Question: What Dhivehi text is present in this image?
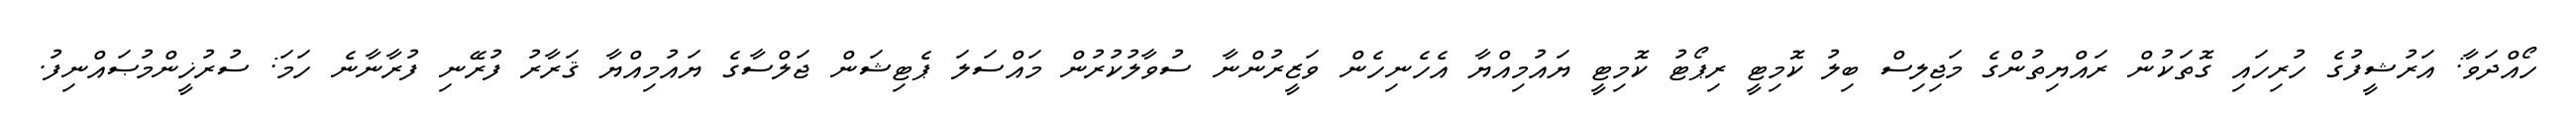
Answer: ހޯއްދަވާ: އަރުޝީފުގެ ހުރިހައި ގޮތަކުން ރައްޔިތުންގެ މަޖިލިސް ބިލު ކޮމިޓީ ރިޕޯޓު ކޮމިޓީ ޔައުމިއްޔާ އެހެނިހެން ވަޒީރުންނާ ސުވާލުކުރުން މައްސަލަ ޕެޓިޝަން ޖަލްސާގެ ޔައުމިއްޔާ ޤަރާރު ފުރޭނި ފުރާނާނެ ހަމަ: ސުރުޚީންމުޞައްނިފު.